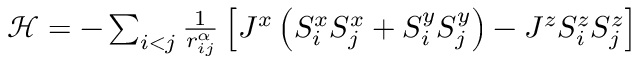
\begin{array} { r } { \mathcal { H } = - \sum _ { i < j } \frac { 1 } { r _ { i j } ^ { \alpha } } \left[ J ^ { x } \left( S _ { i } ^ { x } S _ { j } ^ { x } + S _ { i } ^ { y } S _ { j } ^ { y } \right) - J ^ { z } S _ { i } ^ { z } S _ { j } ^ { z } \right] } \end{array}